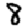
Digit: 8